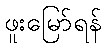
ဖူးမြော်ရန်